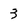
Character: 3